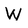
Character: W